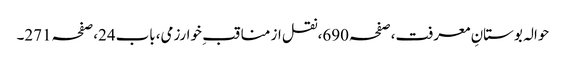
حوالہ بوستانِ معرفت،صفحہ690،نقل از مناقب ِ خوارزمی،باب24،صفحہ271۔